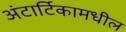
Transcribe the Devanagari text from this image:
अंटार्टिकामधील